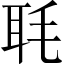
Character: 毦